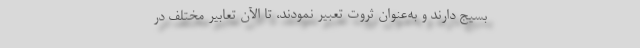
بسیج دارند و به‌عنوان ثروت تعبیر نمودند، تا الآن تعابیر مختلف در